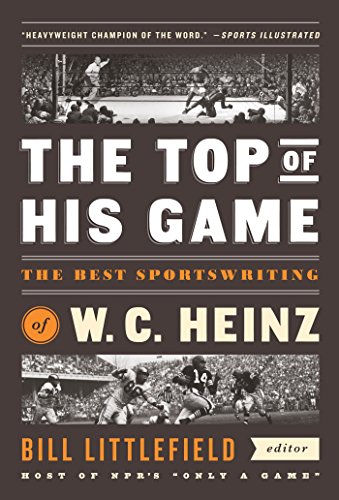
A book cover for The Top of His Game: The Best Sportswriting of W. C. Heinz: (A Special Publication of The Library of America); W. C. Heinz; Sports & Outdoors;